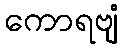
ကောရဗျံ